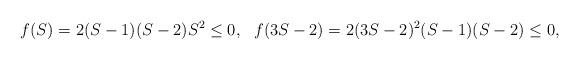
LaTeX: \begin{align*}f(S)=2(S-1)(S-2)S^2\leq 0,\ \ f(3S-2)=2(3S-2)^2(S-1)(S-2)\leq 0,\end{align*}